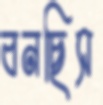
বনছিস